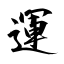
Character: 運